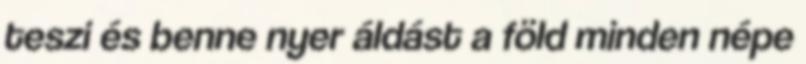
teszi és benne nyer áldást a föld minden népe